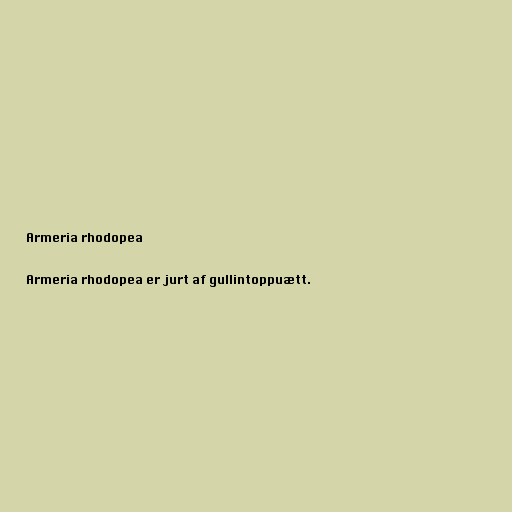
Armeria rhodopea

Armeria rhodopea er jurt af gullintoppuætt.